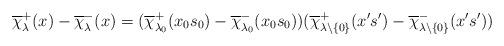
LaTeX: \begin{align*}\overline{\chi}_\lambda^+(x)-\overline{\chi}_\lambda^-(x)=(\overline{\chi}_{\lambda_0}^+(x_0s_0)-\overline{\chi}_{\lambda_0}^-(x_0s_0))(\overline{\chi}_{\lambda\backslash\{0\}}^+(x's')-\overline{\chi}_{\lambda\backslash\{0\}}^-(x's'))\end{align*}